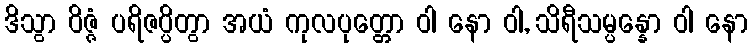
ဒိသွာ ဝိဇ္ဇံ ပရိဇပ္ပိတွာ အယံ ကုလပုတ္တော ဝါ နော ဝါ, သိရီသမ္ပန္နော ဝါ နော